Report of the Municipal Commissioner on the plague in Bombay for the year ending 31st May... - Volume 1
Disease focus: Plague
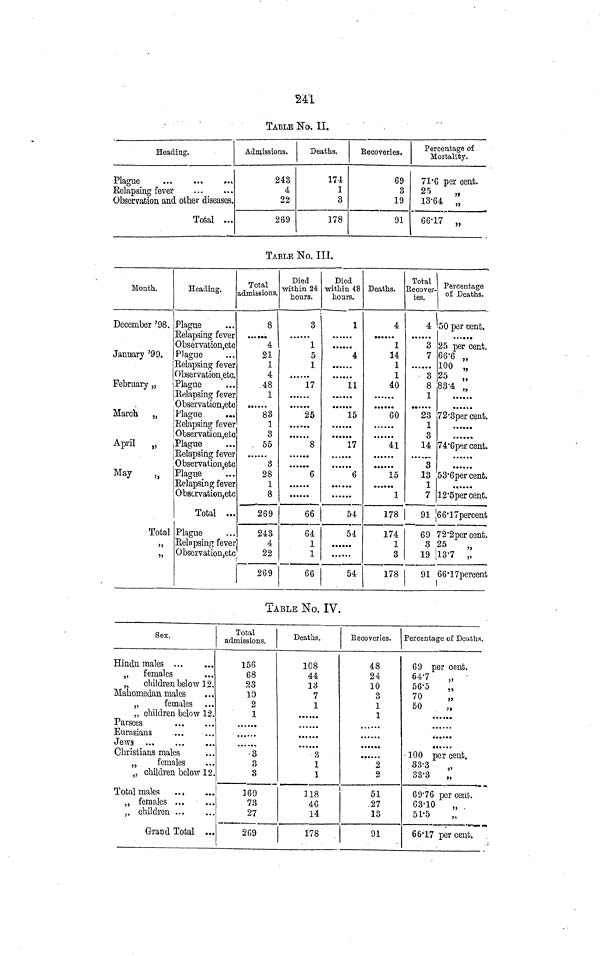
241
TABLE No. II.
Heading.
Plague
Relapsing fever
Observation and other diseases.
Total
Admissions.
243
4
22
269
Deaths.
174
1
3
178
Recoveries.
69
3
19
91
Percentage of
Mortality.
71·6 per cent.
25
13·64 „
66·17 „
TABLE No. III.
Month.
December '98.
January '99.
February „
March
„
April
„
May
Total
„
„
Heading.
Plague
Relapsing fever
Observation,etc
Plague
Relapsing fever
Observation etc.
Plague
Relapsing fever
Observation,etc
Plague
Relapsing fever
Observation,etc
Plague
Relapsing fever
Observation.etc
Plague
Relapsing fever
Obscrvation,etc
Total
Plague
Relapsing fever
Observation,etc
Total
admissions.
8
4
21
1
4
48
1
83
1
3
55
3
28
1
8
269
243
4
22
269
Died
within 24
hours.
3
1
5
1
17
25
8
6
66
64
1
1
66
Died
within 48
hours.
1
4
11
15
17
6
54
54
54
Deaths.
4
1
14
1
1
40
60
41
15
1
178
174
1
3
178
Total
Recover-
ies.
«
3
7
3
8
1
23
1
3
14
3
13
1
7
91
69
3
19
91
Percentage
of Deaths.
50 per cent.
25 per cent.
66·6 „
100 „
83·4 „
72·3per cent.
74·6per cent.
53·6percent.
12·5per cent.
66·17percent
72·2per cent.
25
„
13·7 „
66·17percent
TABLE No. IV.
Sex.
Hindu
males
„
females
„
children below 12.
Mahomedan males
„
females
„ children below 12.
Parsees
Eurasians
Christians males
„
females
„ children below 12
Total males
„ females
„
children
Grand
Total
Total
admissions.
156
68
23
10
2
1
3
3
3
169
73
27
269
Deaths.
108
44
13
7
1
3
1
1
118
46
14
178
Recoveries.
48
24
10
3
1
1
2
2
51
27
13
91
Percentage of Deaths.
69 per cent.
64·7
56·5
70
50
100 per cent.
33·3
„
33·3
„
69·76 per cent.
63·10
„
51·5
66·17 per cent.